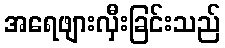
အရေဖျားလှီးခြင်းသည်